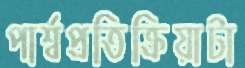
পার্শ্বপ্রতিক্রিয়াটা